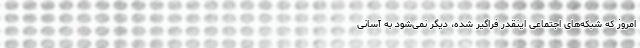
امروز که شبکه‌های اجتماعی اینقدر فراگیر شده، دیگر نمی‌شود به آسانی